Medical and sanitary report of the native army of Bengal for the year
Year: 1877
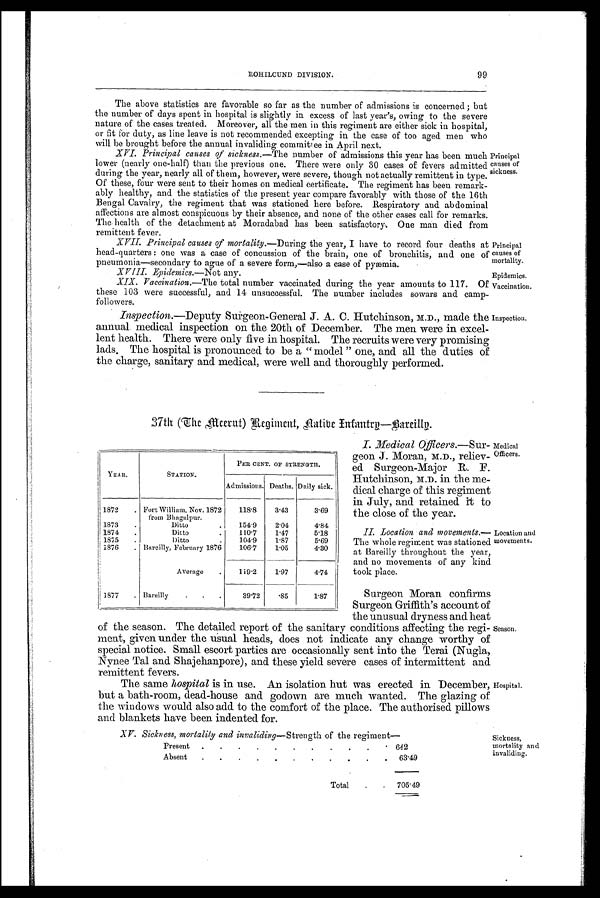
99
ROHILOUND DIVISION.
The above statistics are favorable so far as the number of admissions is concerned; but
the number of days spent in hospital is slightly in excess of last year's, owing to the severe
nature of the cases treated. Moreover, all the men in this regiment are either sick in hospital,
or fit for duty, as line leave is not recommended excepting in the case of too aged. men who
will be brought before the annual invaliding committee in April next.
XVI. Principal causes of sickness.— The number of admissions this year has been much
lower (nearly one-half) than the previous one. There were only 30 cases of fevers admitted
during the year, nearly all of them, however, were severe, though not actually remittent in type.
Of these, four were sent to their homes on medical certificate. The regiment has been remark-
ably healthy, and the statistics of the present year compare favorably with those of the 16th
Bengal Cavalry, the regiment that was stationed here before. Respiratory and abdominal
affections are almost conspicuous by their absence, and none of the other cases call for remarks.
The health of the detachment at Moradabad has been satisfactory . . One man died from
remittent fever.
XVII. Principal causes of mortality.—During the year, have to record four deaths at
head-quarters: one was a case of concussion of the brain, one of bronchitis, and one of
pneumonia—secondary to ague of a severe form,—also case of pyæmia.
XVIII. E p i d e m i c s . —
N o t
a n y .
XIX. Vaccination.—The total number vaccinated during the year amounts to 117. Of
these 103 were successful, and 14 unsuccessful. The number includes sowars and camp-
followers.
Inspection.—Deputy Surgeon-General J. A. C. Hutchinson, M.D., made the
annual. medical inspection on the 20th of December. The men were in excel-
lent health. There were only five in hospital. The recruits were very promising
lads. The hospital is pronounced to be a " model " one, and all the duties of
the charge, sanitary and medical, were well and thoroughly performed.
Principal
causes of
mortality.
Epidemics.
Vaccination.
Inspection.
Principal
causes of
sickness.
37th(The meerut) Regiment, Aatibe I nfmary—Bareilly.
I.
I . M e d i c a l O f f i c e r s . — S u r - II.
geon J. Moran, M.D., reliev-
ed Surgeon-Major R. F.
Hutchinson, M.D. in the me-
dical charge of this regiment
in July, and retained it to
the close of the year.
III. Location and movements.—
The whole regiment was stationed
at Bareilly throughout the year,
and no movements of any kind
took place.
Surgeon Moran confirms
Surgeon Griffith's account of
the unusual dryness and heat
of the season. The detailed report of the sanitary conditions affecting the regi-
ment, given under the usual heads, does not indicate any change worthy of
special notice. Small escort parties are occasionally sent into the Terai (Nugla,
Nynee Tal and Shajehanpore), and these yield severe cases of intermittent and
remittent fevers.
The same hospital is in use. An isolation hut was erected in December,
but a bath-room, dead-house and godown are much wanted. The glazing of
the windows would also add to the comfort of the place. The authorised pillows
and blankets have been indented for.
XV. Sickness, mortality and invaliding— Strength of the regiment
Present
.
.
.
.
. .
.
.
.
.
.
642
Absent
.
.
.
.
.
.
.
.
.
.
.
63.49
Total
.
.
705.49
Y E A R .
STATION.
PER, CENT. OF STRENGTH
Admissions. Deaths. Daily sick.
1872
. Fort William, Nov. 1872
118.8
3.43
3.69
. from Bhagalpur.
1873
.
Ditto
.
154.9
2.04
4.84
1874
.
Ditto
.
110.7
1.47
5.18
1875
.
Ditto
.
104.9
1.87
5.69
1876
. Bareilly, February 1876
106.7
1.05
4.30
Average
.
119.2
1.97
4.74
1877
. Bareilly
.
.
.
39.72
.85
1.87
Medical
Officers.
Location and
movements.
Season.
Hospital.
Sickness,
mortality and